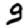
Digit: 9